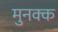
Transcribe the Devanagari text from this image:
मुनक्क